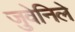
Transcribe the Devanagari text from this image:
जुवेनिले